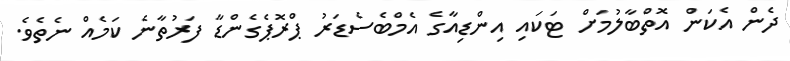
ދެން އެކަން އޮތްބާލުމަށް ޓަކައި އިންޑިއާގެ އެމްބެސެޑަރު ޕްރޮޕެގެންޑާ ފަރުތާނެ ކަމެއް ނެތެވެ.